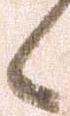
候